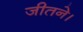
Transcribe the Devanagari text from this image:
जीतने।